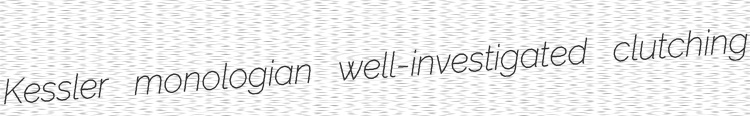
Kessler monologian well-investigated clutching